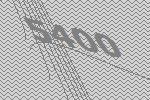
5400